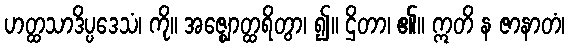
ဟတ္ထသာဒိပ္ပဒေသံ၊ ကို။ အဇ္ဈောတ္ထရိတွာ၊ ၍။ ဌိတာ၊ ၏။ ဣတိ န ဇာနာတံ၊